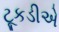
ટૂકડીએ